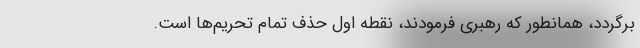
برگردد، همانطور که رهبری فرمودند، نقطه‌ اول حذف تمام تحریم‌ها است.